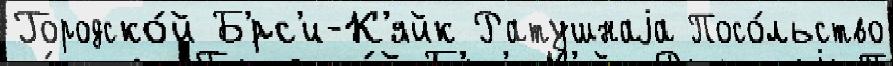
Городско́й Б'́рс'и-К'яйк Ратушнаjа Посо́льство